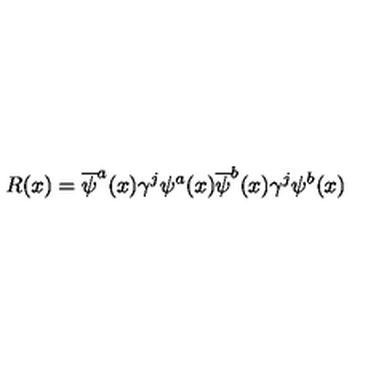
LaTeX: R ( x ) = \overline { \psi } ^ { a } ( x ) \gamma ^ { j } \psi ^ { a } ( x ) \overline { \psi } ^ { b } ( x ) \gamma ^ { j } \psi ^ { b } ( x )